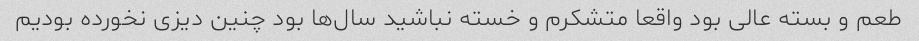
طعم و بسته عالی بود واقعا متشکرم و خسته نباشید سال‌ها بود چنین دیزی نخورده بودیم